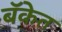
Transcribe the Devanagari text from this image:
बॅकेत